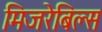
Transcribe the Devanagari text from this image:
मिजरेबिल्स